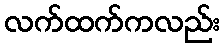
လက်ထက်ကလည်း